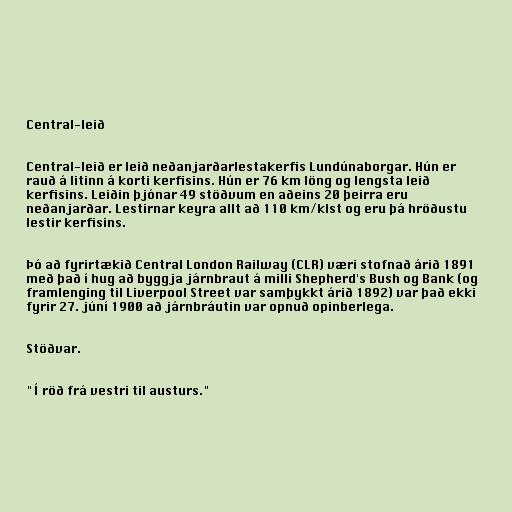
Central-leið

Central-leið er leið neðanjarðarlestakerfis Lundúnaborgar. Hún er
rauð á litinn á korti kerfisins. Hún er 76 km löng og lengsta leið
kerfisins. Leiðin þjónar 49 stöðvum en aðeins 20 þeirra eru
neðanjarðar. Lestirnar keyra allt að 110 km/klst og eru þá hröðustu
lestir kerfisins.

Þó að fyrirtækið Central London Railway (CLR) væri stofnað árið 1891
með það í hug að byggja járnbraut á milli Shepherd's Bush og Bank (og
framlenging til Liverpool Street var samþykkt árið 1892) var það ekki
fyrir 27. júní 1900 að járnbráutin var opnuð opinberlega.

Stöðvar.

"Í röð frá vestri til austurs."